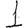
Digit: 1